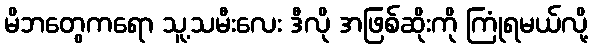
မိဘတွေကရော သူ့သမီးလေး ဒီလို အဖြစ်ဆိုးကို ကြုံရမယ်လို့